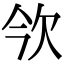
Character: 欦